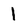
Character: l